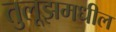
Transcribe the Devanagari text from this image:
तुलूझमधील